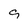
Character: 9